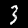
Digit: 3